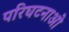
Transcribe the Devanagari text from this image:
परिघटनाओ